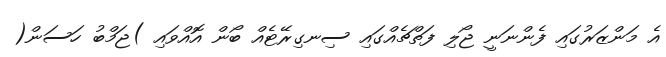
އެ މަންޒަރުގައި ފެންނަނީ ޖޯލި ފަތްޗެއްގައި ސިނގިރޭޓެއް ބޯން އޮއްވައި )ޖަމްބު ހަސަން(